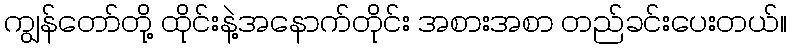
ကျွန်တော်တို့ ထိုင်းနဲ့အနောက်တိုင်း အစားအစာ တည်ခင်းပေးတယ်။